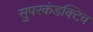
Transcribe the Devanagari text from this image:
सुपरकंडक्टिव